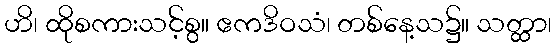
ဟိ၊ ထိုစကားသင့်စွ။ ဧကဒိဝသံ၊ တစ်နေ့သ၌။ သတ္ထာ၊